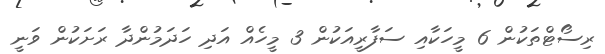
ރިސޯޓްތަކުން 6 މީހަކާއި ސަފާރީއަކުން 3 މީހެއް އަދި ހަދަމުންދާ ރަށަކުން ވަނީ